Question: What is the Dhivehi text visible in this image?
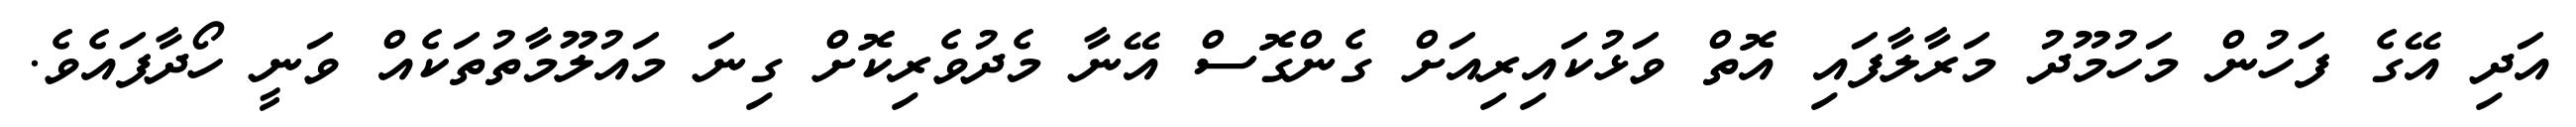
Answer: އަދި އޭގެ ފަހުން މަހުމޫދު މަރާލާފައި އޮތް ވަޅުކައިރިއަށް ގެންގޮސް އޭނާ މެދުވެރިކޮށް ގިނަ މައުލޫމާތުތަކެއް ވަނީ ހޯދާފައެވެ.